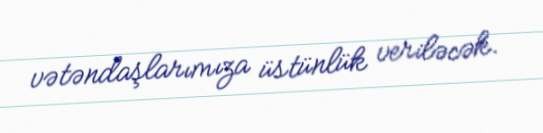
vətəndaşlarımıza üstünlük veriləcək.